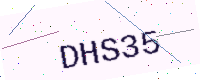
Text: DHS35